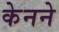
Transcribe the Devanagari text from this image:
केनने